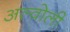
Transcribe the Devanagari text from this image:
अल्वोली